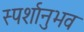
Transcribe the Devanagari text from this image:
स्पर्शानुभव